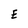
Character: E